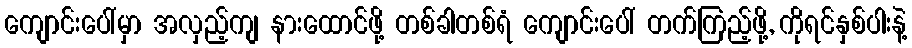
ကျောင်းပေါ်မှာ အလှည့်ကျ နားထောင်ဖို့ တစ်ခါတစ်ရံ ကျောင်းပေါ် တက်ကြည့်ဖို့, ကိုရင်နှစ်ပါးနဲ့